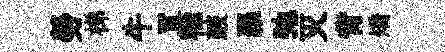
勞梯牛罝輸皷羅弛灭背矯